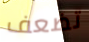
تضعف